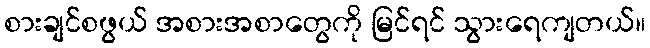
စားချင်စဖွယ် အစားအစာတွေကို မြင်ရင် သွားရေကျတယ်။